NAE_kihelkonnakohtute_kirjad_ja_protokollid_1869-1889, lk 5
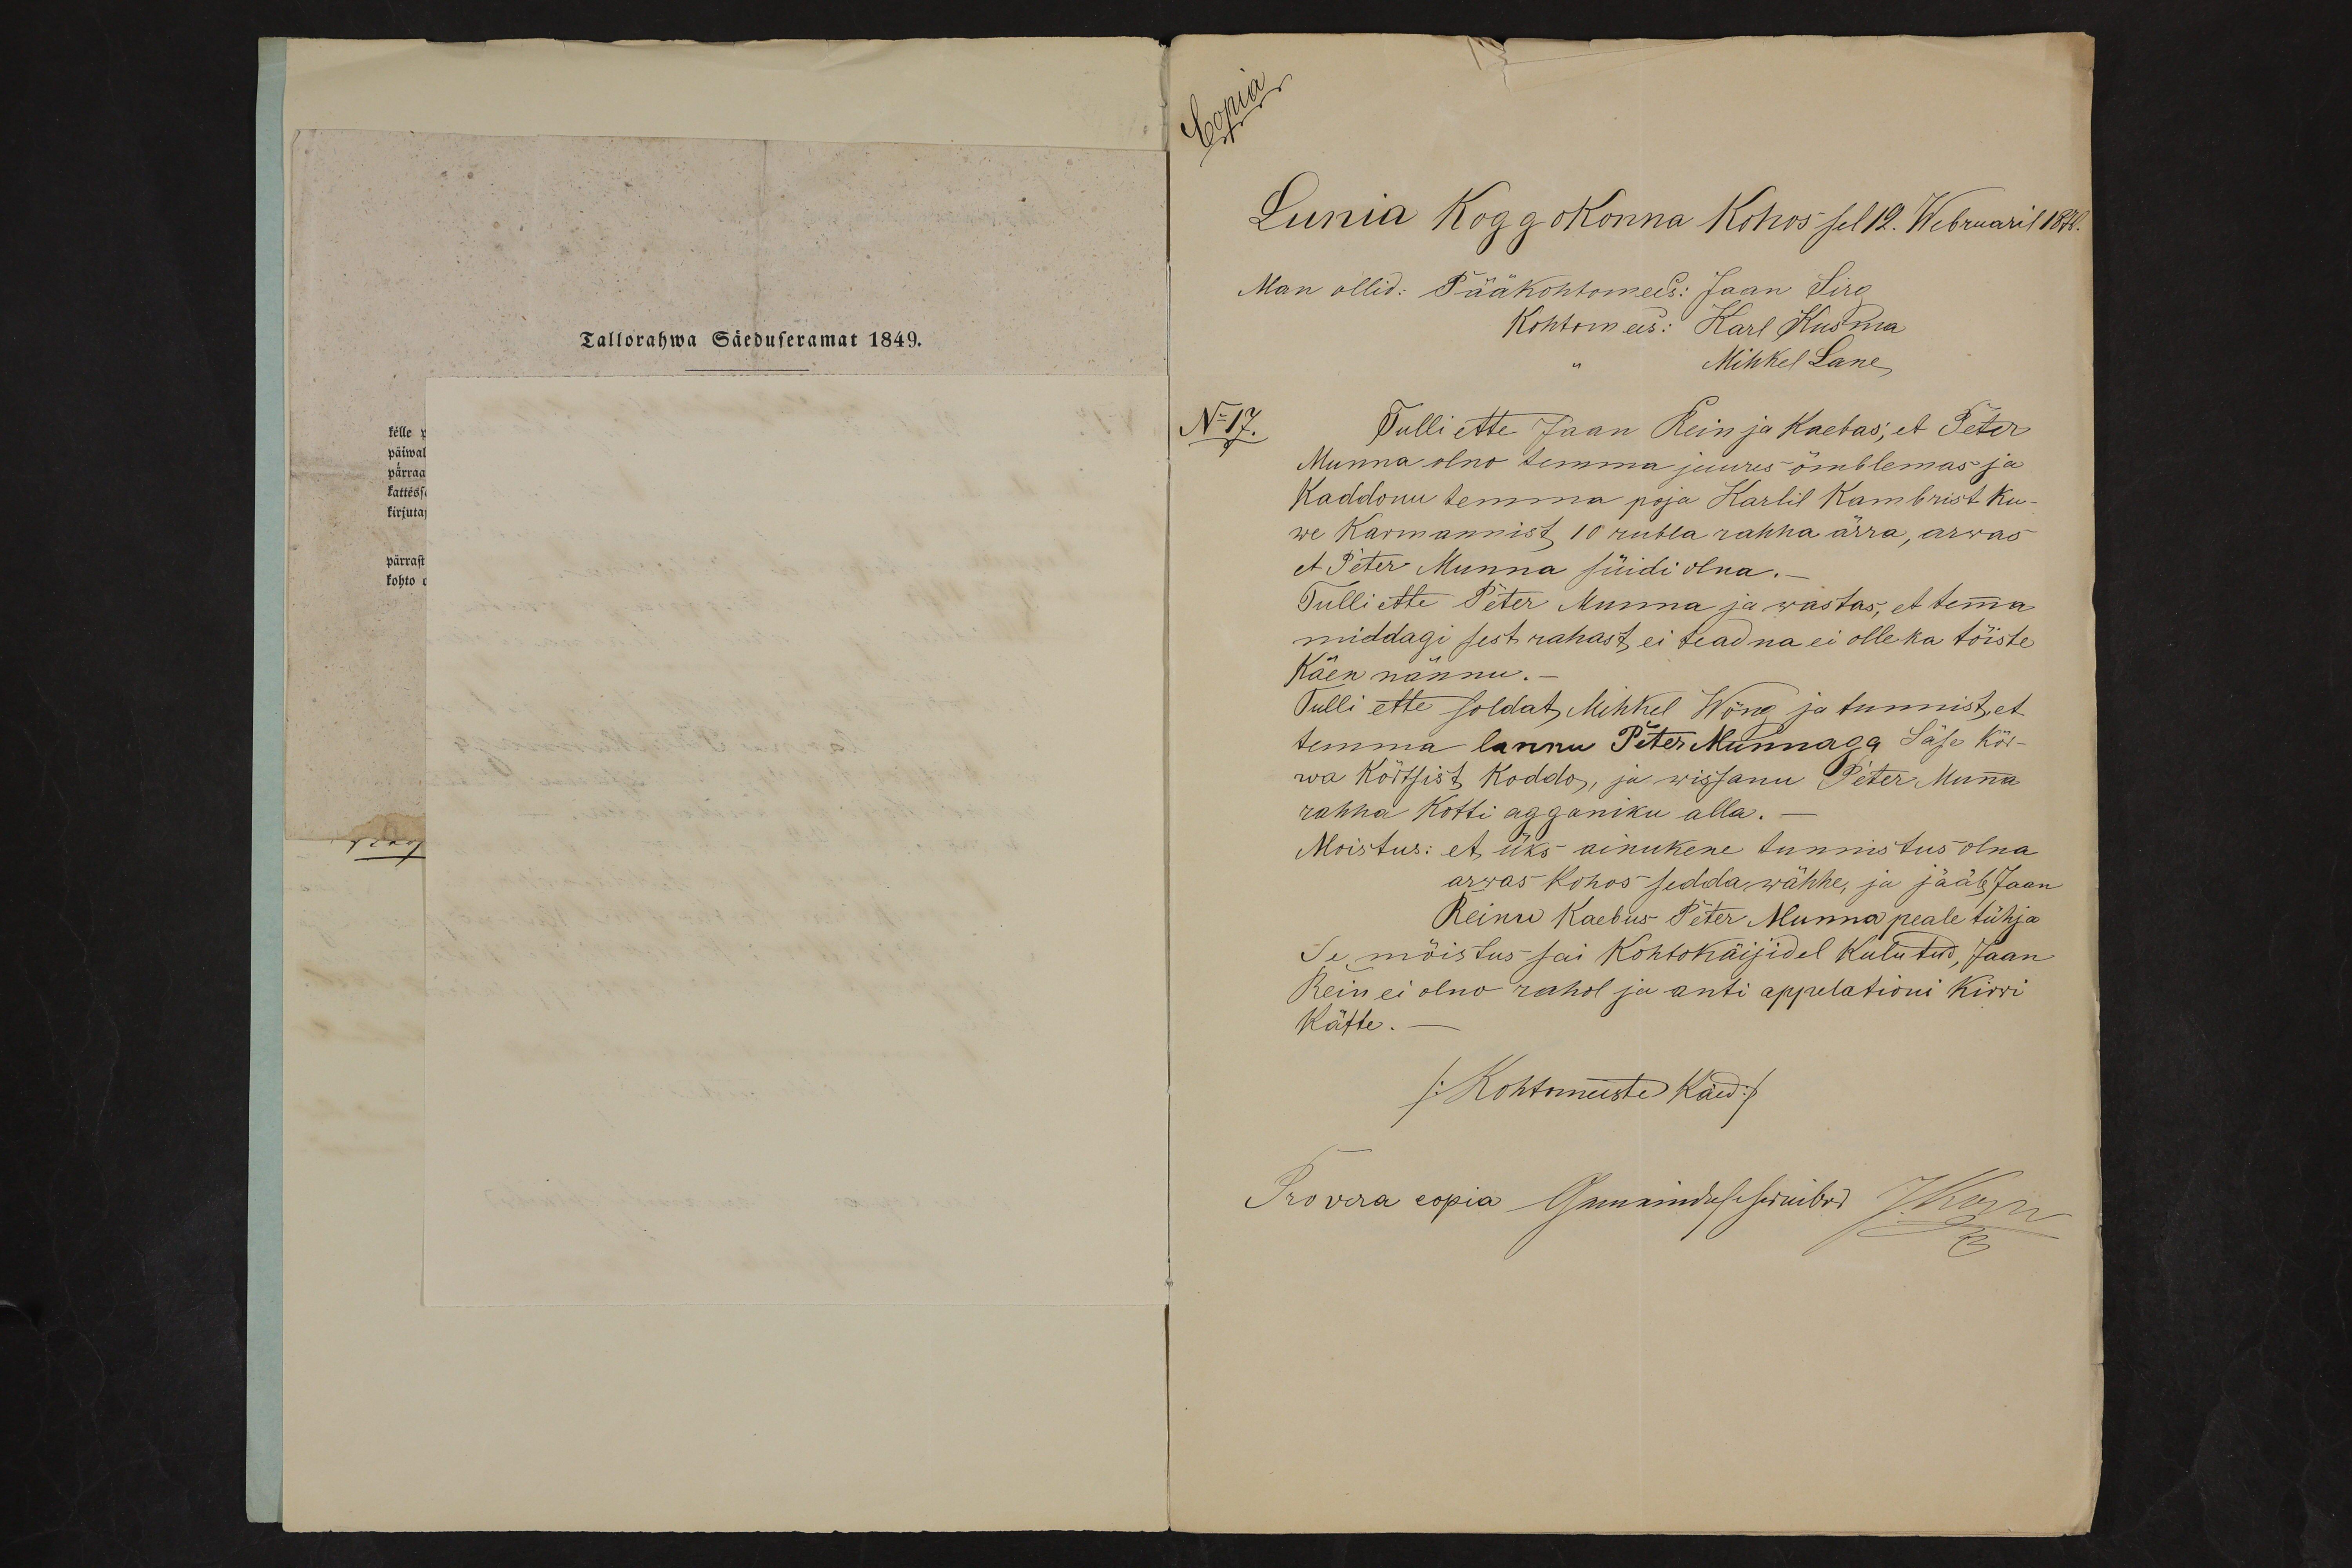
Tallorahwa Seaduseramat 1849.

Lunia koggokonna kohos sel 12. Webruaril 1876.
Tulli ette Jaan Rein ja kaebas, et Peter
N17.
Munna olno temma juures õmblemas ja
kaddonu temma poja Karlil Kambrist ku-
we Karmannist, 10 rubla rahha ärra, arwas
et Peter Munna süidi olna.
Tulli ette Peter Munna ja wastas, et tema
middagi sest rahast ei teadna ei olle ka tõiste
käen nännu.-
Tulli ette soldat Mehkel Wõno ja tunnist,et
temma lannu Piter Munnaga Säse Kõi-
wa kõrtsist koddo, ja wissanu Peter Muna
rahha kotti agganiku alla.-
Moistus: et üks ainukene tunnistus olna
arwas kohos sedda wähhe, ja jääb Jaan
Reinu Kaebus Peter Munna peale tühja
Se mõistus sai kohtokäijidel kulutud, Jaan
Rein ei olno rahol ja anti appelationi kirri
kätte.
/Kohtomeeste Käed/